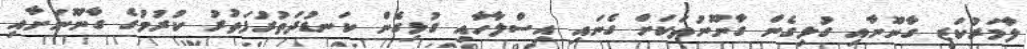
ލާމަރުކަޒީ ގާނޫނާއި ގުޅިގެން ގާނޫނުތަކަށް ގެނައި އިސްލާހާއި ގުޅިގެން ކަނޑުދަތުރުފަތުރު ކުރުމުގެ ގާނޫނަށާއި